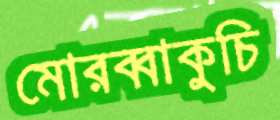
মোরব্বাকুচি